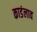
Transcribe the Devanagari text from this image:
काडंलाव